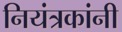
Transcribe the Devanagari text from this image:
नियंत्रकांनी